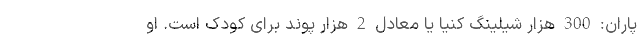
پاران: 300 هزار شیلینگ کنیا یا معادل 2 هزار پوند برای کودک است. او